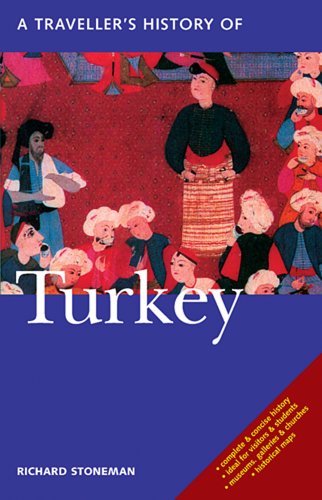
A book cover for A Traveller's History of Turkey; Richard Stoneman; Travel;